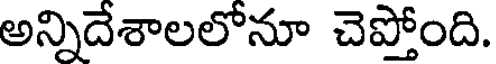
అన్నిదేశాలలోనూ చెప్తోంది.